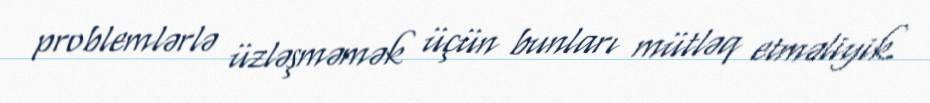
problemlərlə üzləşməmək üçün bunları mütləq etməliyik.